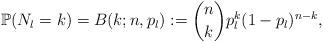
LaTeX: \begin{align*}\mathbb{P}(N_l = k) = B(k;n,p_{l}) := {n \choose k} p_l^{k} (1-p_l)^{n-k},\end{align*}